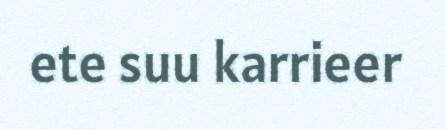
ete suu karrieer